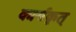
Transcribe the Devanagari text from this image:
कार्यकृत्